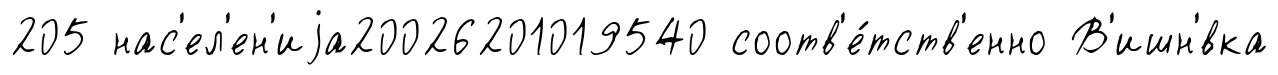
205 нас'ел'ен'иjа20026201019540 соотв'е́тств'енно В'ишн'́вка